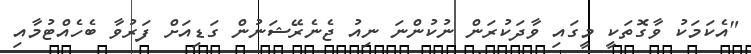
"އެކަމަކު ވާގޮތަކީ މީގައި ވާދަކުރަން ނުކުންނަ ނިއު ޖެނެރޭޝަނުން ގަޑިއަށް ފަރުވާ ބެހެއްޓުމާއި